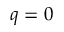
q = 0